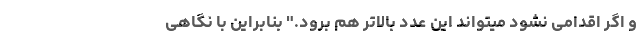
و اگر اقدامی نشود میتواند این عدد بالاتر هم برود." بنابراین با نگاهی